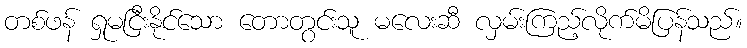
တစ်ဖန် ရှုမငြီးနိုင်သော တောတွင်းသူ မလေးဆီ လှမ်းကြည့်လိုက်မိပြန်သည်။